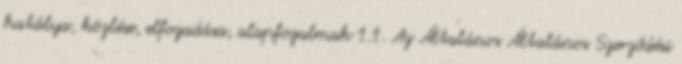
hatálya, közlése, elfogadása, alapfogalmak 1.1. Az Általános Általános Szerződési